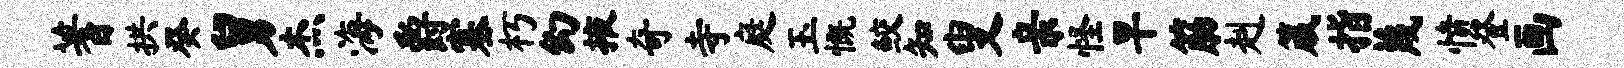
蓍拱癸舅杰海爵塞朽幻掖奇寺庭玉慨鲛知叟亲怪早筋赳箴指蔑愤登画